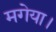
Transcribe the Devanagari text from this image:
मगेया।